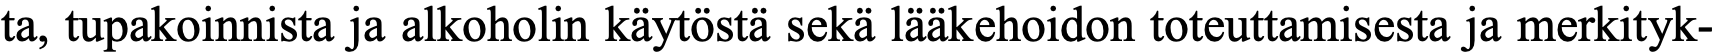
ta, tupakoinnista ja alkoholin käytöstä sekä lääkehoidon toteuttamisesta ja merkityk-